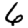
Digit: 6